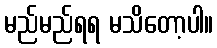
မည်မည်ရရ မသိတော့ပါ။